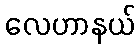
လေဟာနယ်